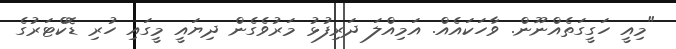
"މިއީ ހަގީގަތެއްނޫން. ވާހަކައެއް. އަމިއްލަ ދަރިފުޅު މަރުވެގެން ދިޔައީ މީގައި ހުރި ޑޮކްޓަރުގެ